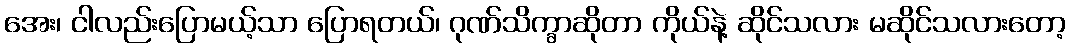
အေး၊ ငါလည်းပြောမယ့်သာ ပြောရတယ်၊ ဂုဏ်သိက္ခာဆိုတာ ကိုယ်နဲ့ ဆိုင်သလား မဆိုင်သလားတော့